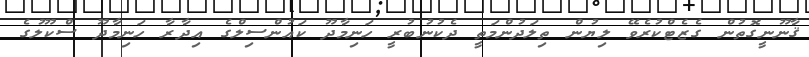
ޤާނޫނީގޮތުން ގެޒެޓްކުރެވޭ ލިޔުން ތިލަދުންމަތީ ދެކުނުބުރީ ހަނިމާދޫ ކައުންސިލްގެ އިދާރާ ހަނިމާދޫ ސްކޫލުގެ